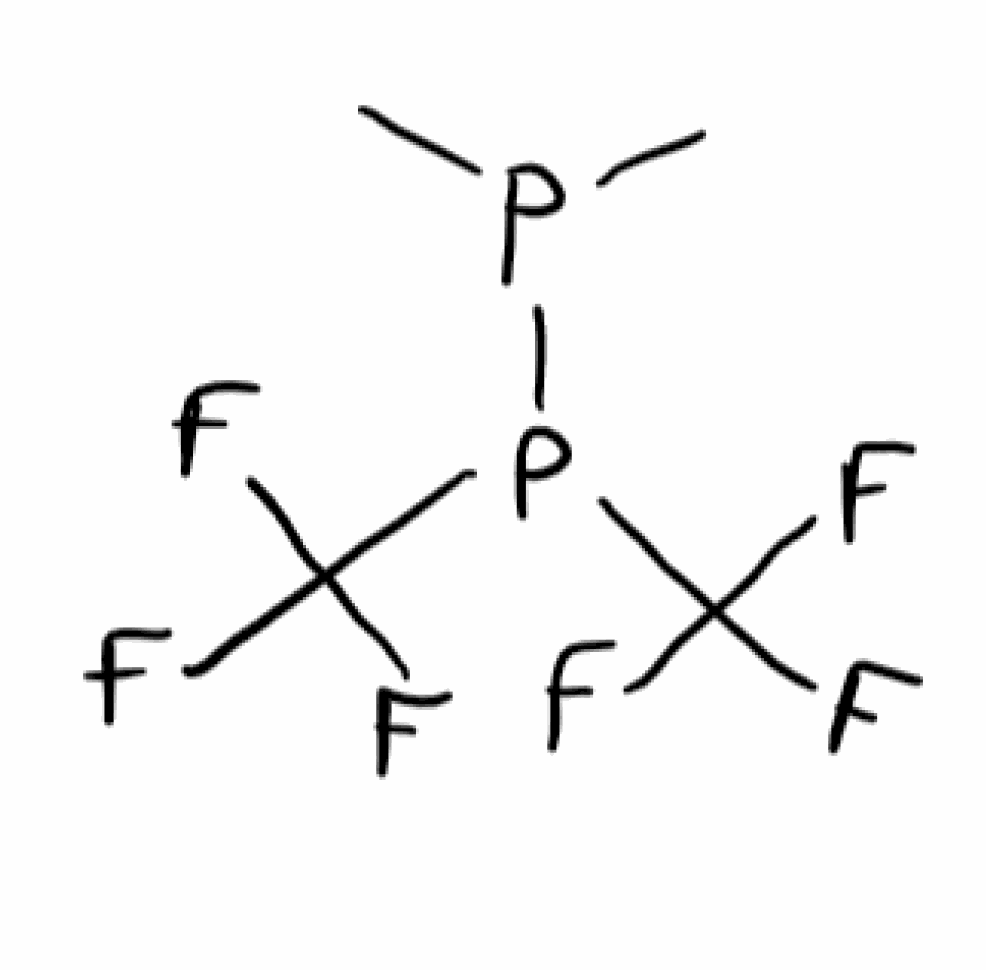
Simplified molecular-input line-entry system (SMILES) notation of the given molecule:
CP(C)P(C(F)(F)F)C(F)(F)F